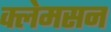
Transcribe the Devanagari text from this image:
क्लेमसन